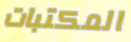
المكتبات